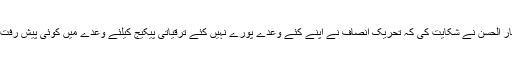
خواجہ اظہار الحسن نے شکایت کی کہ تحریک انصاف نے اپنے کئے وعدے پورے نہیں کئے ترقیاتی پیکیج کیلئے وعدے میں کوئی پیش رفت نہیں ہوئی۔